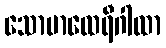
သောမာထေရီဂါထာ